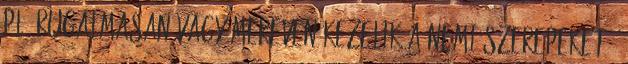
pl. rugalmasan vagy mereven kezelik a nemi szerepeket ,